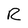
Character: R